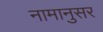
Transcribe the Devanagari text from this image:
नामानुसर